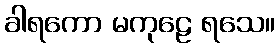
ခါရကော မကုဠေ ရသေ။